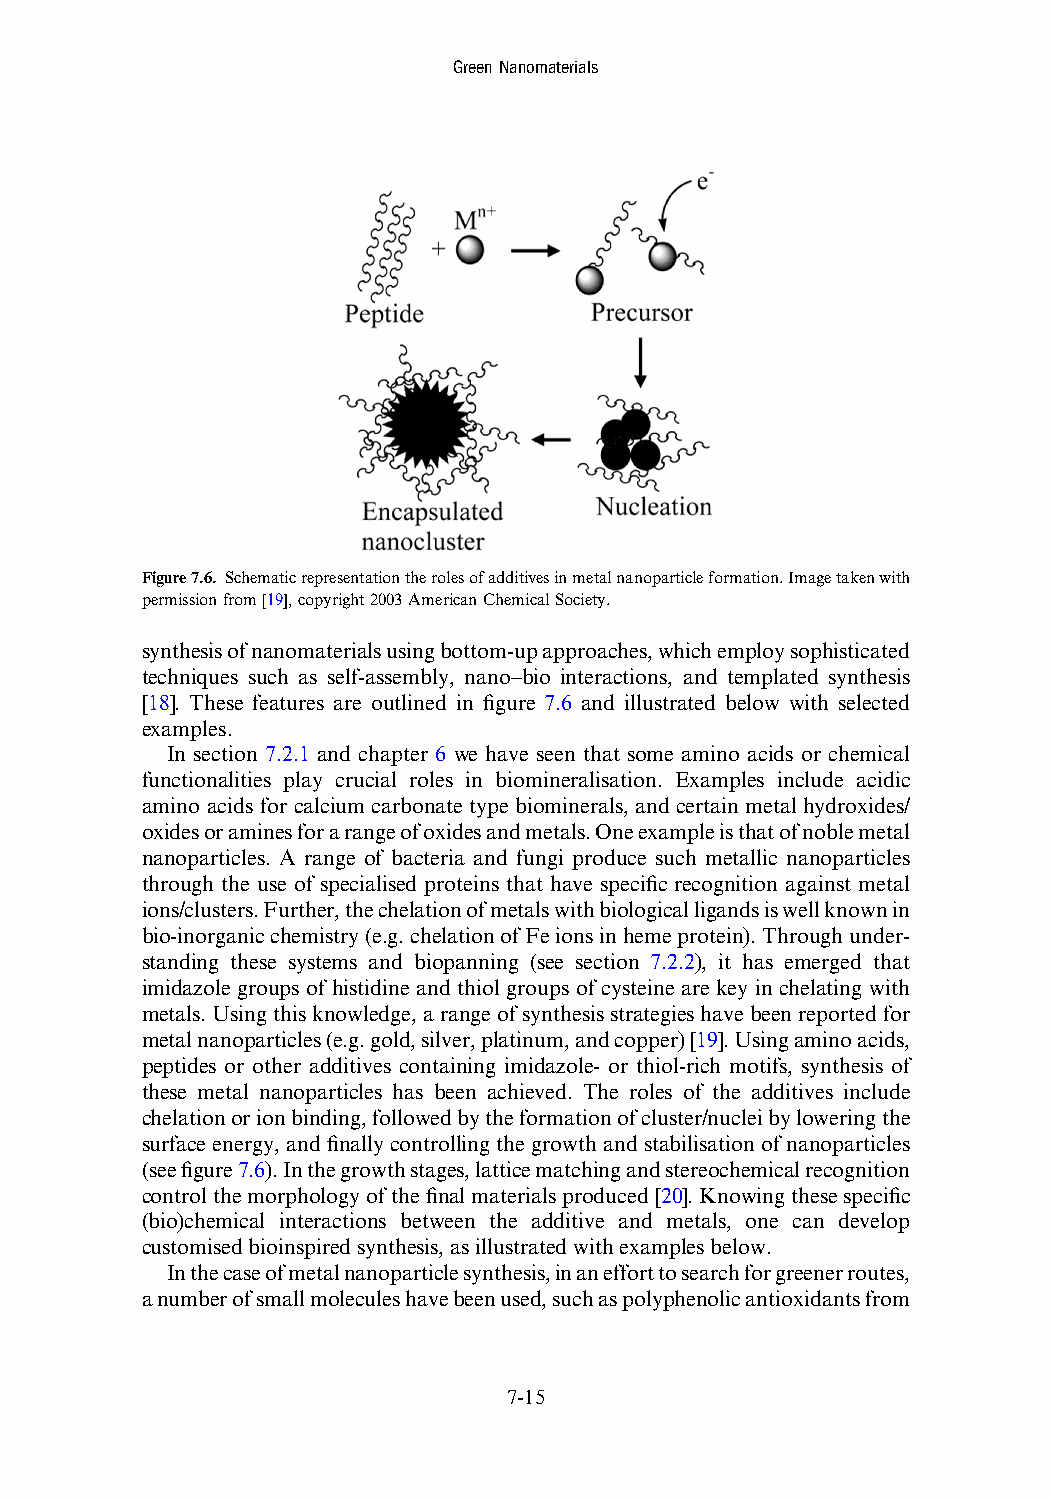
GreenNanomaterials
 Figure7.6. Schematicrepresentationtherolesofadditivesinmetalnanoparticleformation.Imagetakenwith
 permissionfrom[19],copyright2003AmericanChemicalSociety.
 synthesisofnanomaterialsusingbottom-upapproaches,whichemploysophisticated
 techniques such as self-assembly, nano–bio interactions, and templated synthesis
 [18]. These features are outlined in figure 7.6 and illustrated below with selected
 examples.
 In section 7.2.1 and chapter 6 we have seen that some amino acids or chemical
 functionalities play crucial roles in biomineralisation. Examples include acidic
 amino acids for calcium carbonate type biominerals, and certain metal hydroxides/
 oxidesoraminesforarangeofoxidesandmetals.Oneexampleisthatofnoblemetal
 nanoparticles. A range of bacteria and fungi produce such metallic nanoparticles
 through the use of specialised proteins that have specific recognition against metal
 ions/clusters.Further,thechelationofmetalswithbiologicalligandsiswellknownin
 bio-inorganicchemistry(e.g.chelationofFeionsinhemeprotein).Throughunder-
 standing these systems and biopanning (see section 7.2.2), it has emerged that
 imidazole groups of histidine and thiol groups of cysteine are key in chelating with
 metals.Usingthisknowledge,arangeofsynthesisstrategieshavebeenreportedfor
 metalnanoparticles(e.g.gold,silver,platinum,andcopper)[19].Usingaminoacids,
 peptides or other additives containing imidazole- or thiol-rich motifs, synthesis of
 these metal nanoparticles has been achieved. The roles of the additives include
 chelationorionbinding,followedbytheformationofcluster/nucleibyloweringthe
 surfaceenergy, and finally controllingthe growth and stabilisation of nanoparticles
 (seefigure7.6).Inthegrowthstages,latticematchingandstereochemicalrecognition
 controlthemorphologyofthefinalmaterialsproduced[20].Knowingthesespecific
 (bio)chemical interactions between the additive and metals, one can develop
 customisedbioinspiredsynthesis,asillustratedwithexamplesbelow.
 Inthecaseofmetalnanoparticlesynthesis,inanefforttosearchforgreenerroutes,
 anumberofsmallmoleculeshavebeenused,suchaspolyphenolicantioxidantsfrom
 7-15